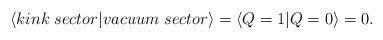
\begin{align*}\left< kink\; sector|vacuum\; sector\right> =\left< Q=1|Q=0\right> =0.\end{align*}